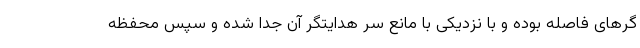
گرهای فاصله بوده و با نزدیکی با مانع سر هدایتگر آن جدا شده و سپس محفظه